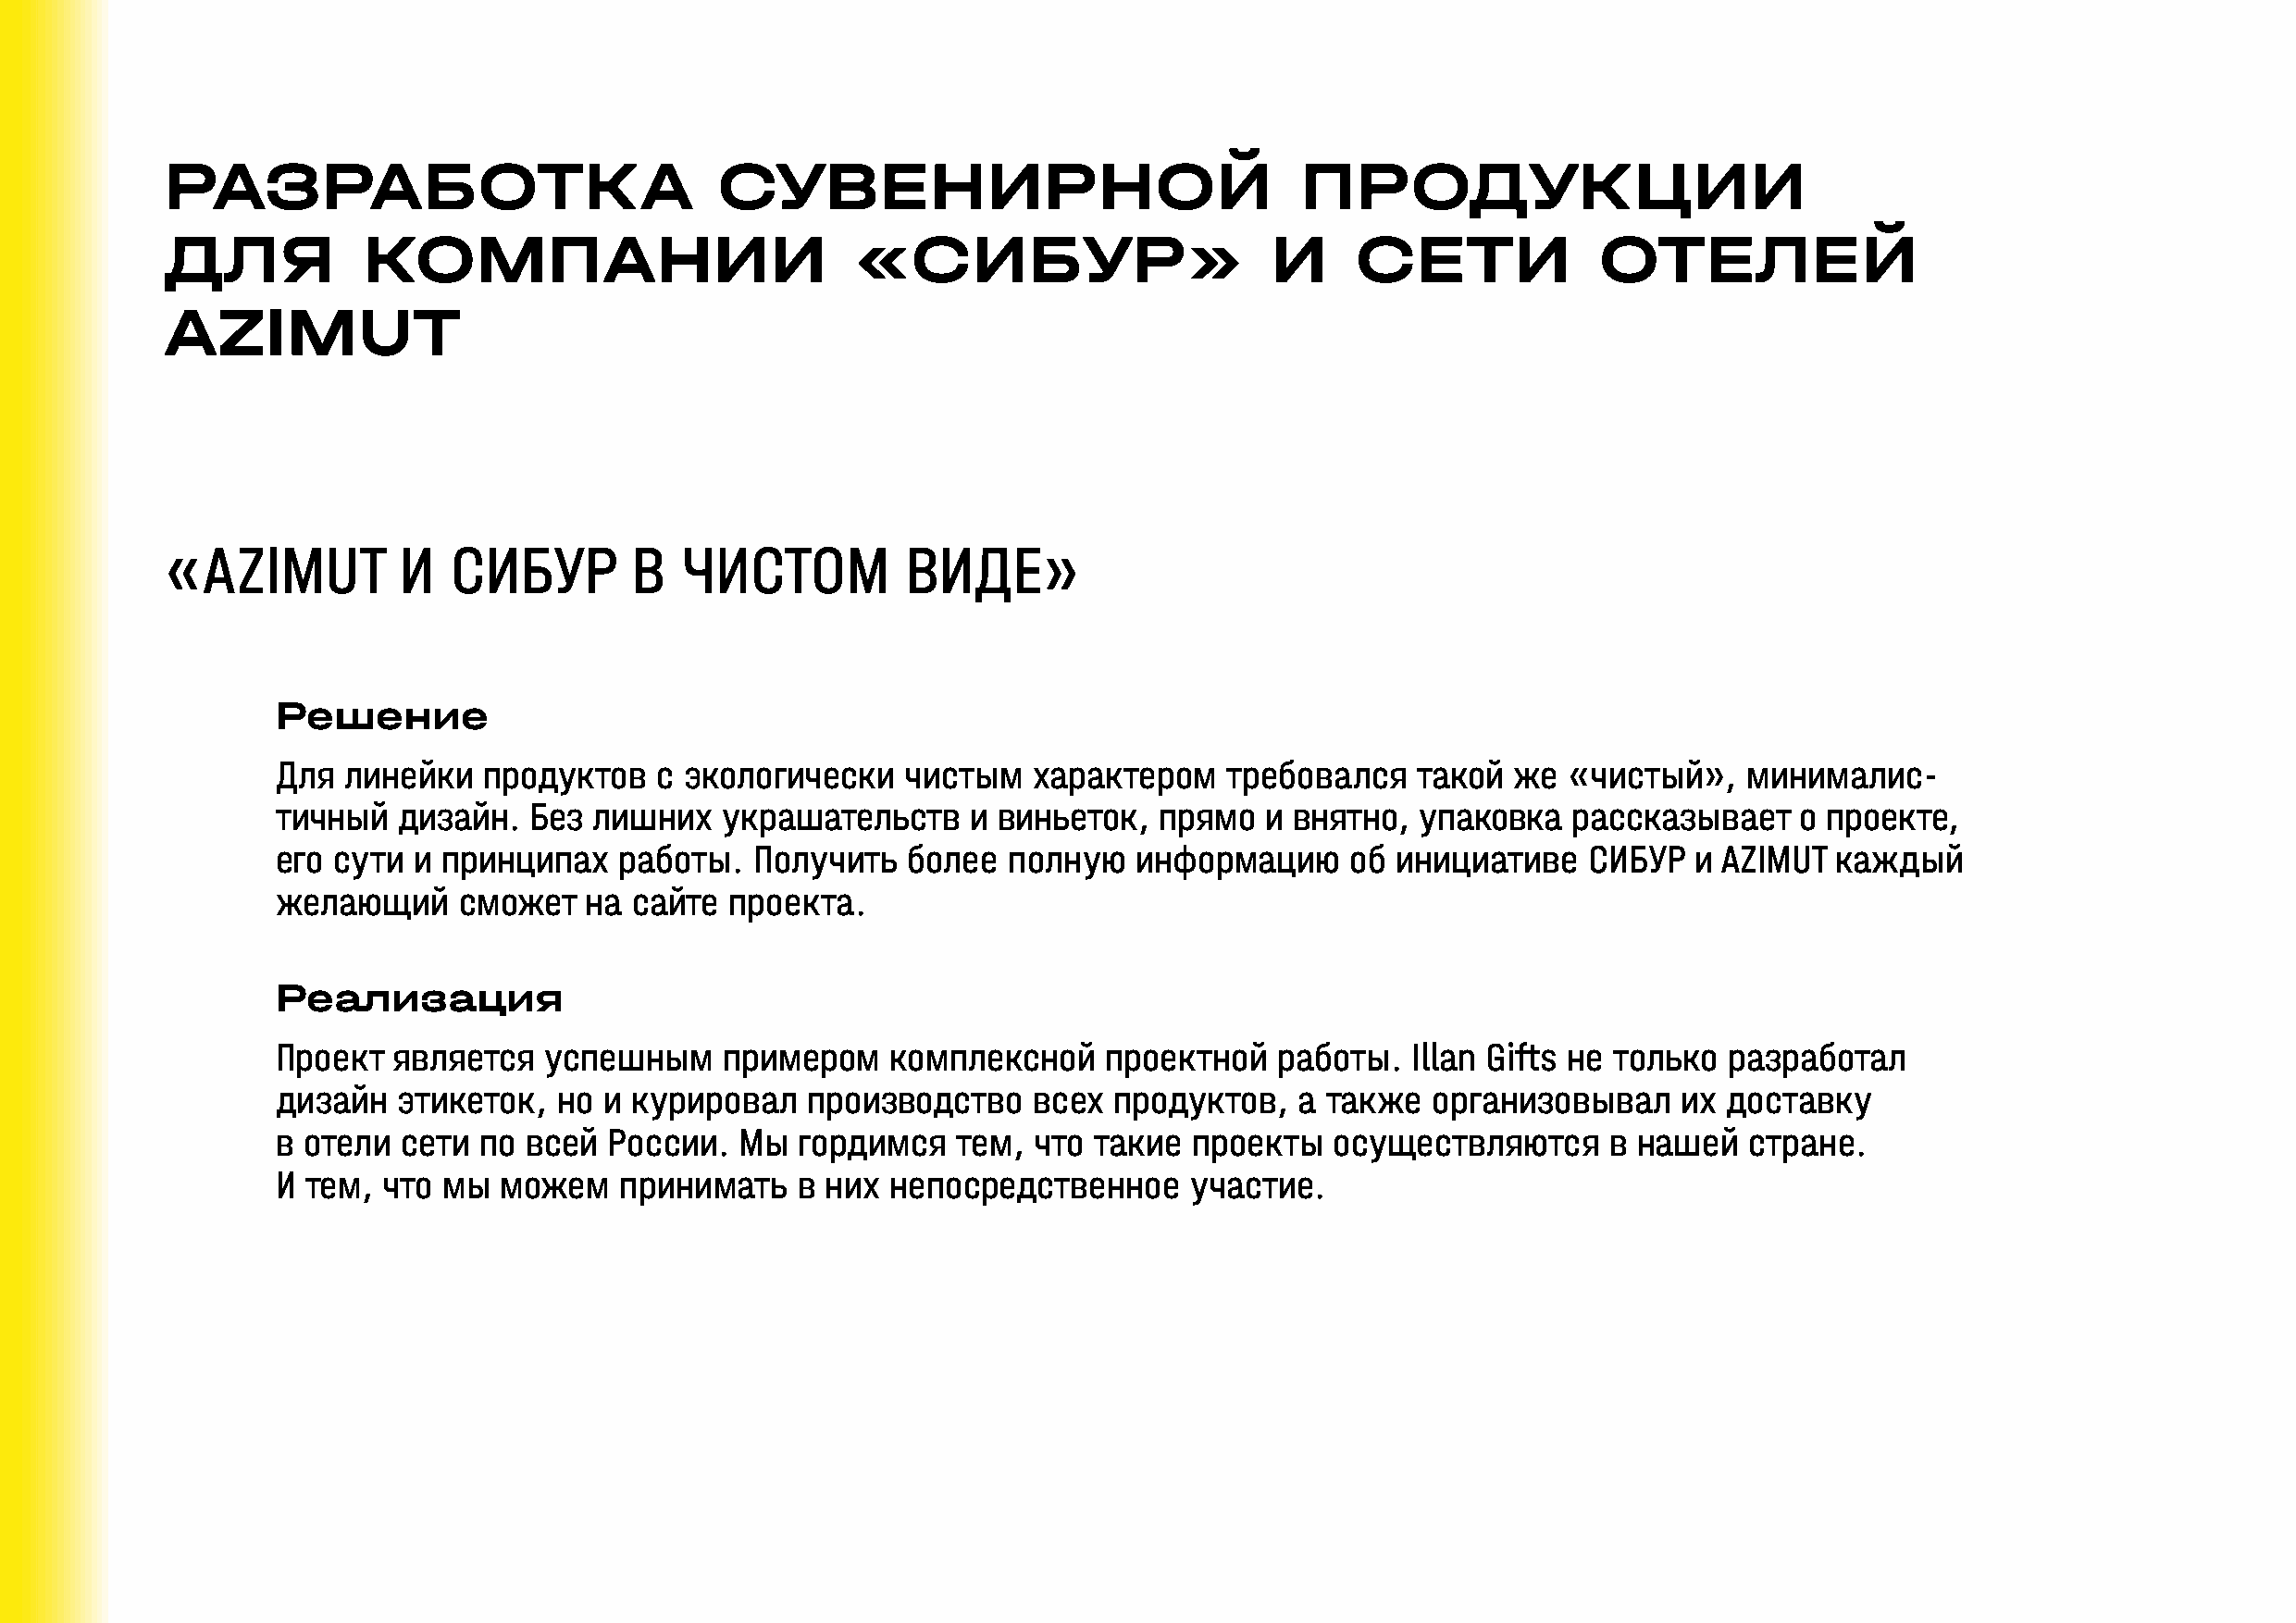
РАЗРАБОТКА                             СУВЕНИРНОЙ                                ПРОДУКЦИИ
 ДЛЯ           КОМПАНИИ                           «СИБУР»                       И     СЕТИ             ОТЕЛЕЙ
 AZIMUT
 «AZIMUT          И  СИБУР        В   ЧИСТОМ          ВИДЕ»
 Решение
 Для  линейки   продуктов   с экологически    чистым   характером    требовался   такой  же  «чистый»,    минималис-
 тичный  дизайн.   Без лишних    украшательств    и виньеток,   прямо   и внятно,  упаковка  рассказывает     о проекте,
 его сути  и принципах   работы.   Получить   более  полную   информацию      об инициативе    СИБУР  и AZIMUT  каждый
 желающий     сможет   на сайте  проекта.
 Реализация
 Проект  является   успешным     примером    комплексной    проектной   работы.   Illan Gifts не только  разработал
 дизайн  этикеток,   но и курировал    производство    всех  продуктов,   а также  организовывал     их  доставку
 в отели  сети по  всей  России.  Мы  гордимся   тем,  что такие  проекты   осуществляются      в нашей   стране.
 И тем, что  мы  можем   принимать    в них  непосредственное     участие.